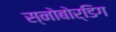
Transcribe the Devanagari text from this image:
स्नोबोर्डिग